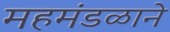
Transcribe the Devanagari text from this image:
महमंडळाने